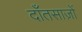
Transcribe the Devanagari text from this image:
दाँतसाज़ों